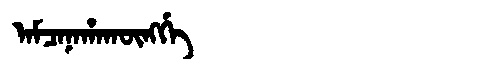
Manchu: ᠠᠮᠴᠠᠨᠠᡥᠠᡴᡡᠩᡤᡝ
Romanization: AMCANAHAKŪNGGE